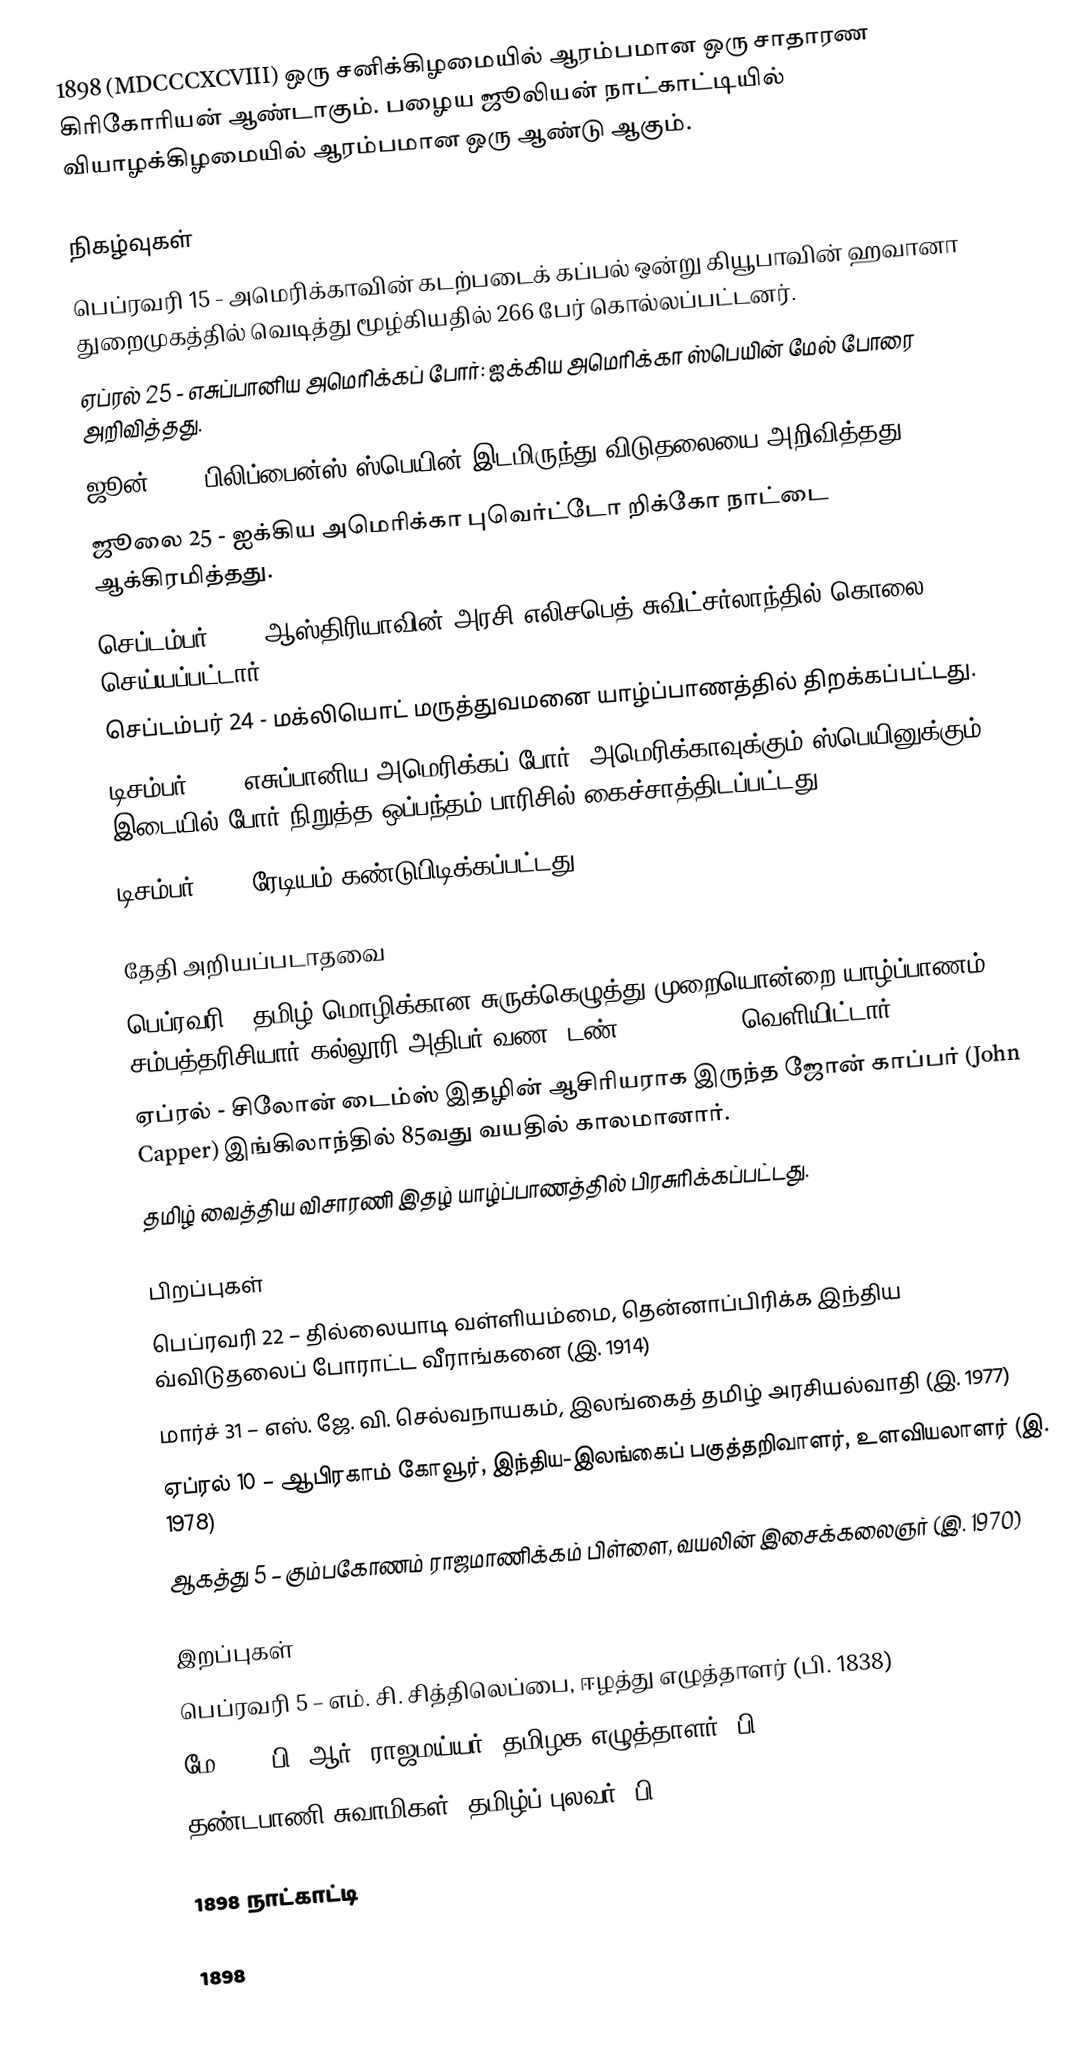
1898 (MDCCCXCVIII) ஒரு சனிக்கிழமையில் ஆரம்பமான ஒரு சாதாரண கிரிகோரியன் ஆண்டாகும். பழைய ஜூலியன் நாட்காட்டியில் வியாழக்கிழமையில் ஆரம்பமான ஒரு ஆண்டு ஆகும்.

நிகழ்வுகள்
 பெப்ரவரி 15 - அமெரிக்காவின் கடற்படைக் கப்பல் ஒன்று கியூபாவின் ஹவானா துறைமுகத்தில் வெடித்து மூழ்கியதில் 266 பேர் கொல்லப்பட்டனர்.
 ஏப்ரல் 25 - எசுப்பானிய அமெரிக்கப் போர்: ஐக்கிய அமெரிக்கா ஸ்பெயின் மேல் போரை அறிவித்தது.
 ஜூன் 12 - பிலிப்பைன்ஸ் ஸ்பெயின் இடமிருந்து விடுதலையை அறிவித்தது.
 ஜூலை 25 - ஐக்கிய அமெரிக்கா புவெர்ட்டோ றிக்கோ நாட்டை ஆக்கிரமித்தது.
 செப்டம்பர் 10 - ஆஸ்திரியாவின் அரசி எலிசபெத் சுவிட்சர்லாந்தில் கொலை செய்யப்பட்டார்.
 செப்டம்பர் 24 - மக்லியொட் மருத்துவமனை யாழ்ப்பாணத்தில் திறக்கப்பட்டது.
 டிசம்பர் 10 - எசுப்பானிய அமெரிக்கப் போர்: அமெரிக்காவுக்கும் ஸ்பெயினுக்கும் இடையில் போர் நிறுத்த ஒப்பந்தம் பாரிசில் கைச்சாத்திடப்பட்டது.
 டிசம்பர் 26 - ரேடியம் கண்டுபிடிக்கப்பட்டது.

தேதி அறியப்படாதவை
 பெப்ரவரி - தமிழ் மொழிக்கான சுருக்கெழுத்து முறையொன்றை யாழ்ப்பாணம் சம்பத்தரிசியார் கல்லூரி அதிபர் வண. டண் (Fr. Dunne) வெளியிட்டார்.
 ஏப்ரல் - சிலோன் டைம்ஸ் இதழின் ஆசிரியராக இருந்த ஜோன் காப்பர் (John Capper) இங்கிலாந்தில் 85வது வயதில் காலமானார்.
 தமிழ் வைத்திய விசாரணி இதழ் யாழ்ப்பாணத்தில் பிரசுரிக்கப்பட்டது.

பிறப்புகள்
 பெப்ரவரி 22 – தில்லையாடி வள்ளியம்மை, தென்னாப்பிரிக்க இந்திய வ்விடுதலைப் போராட்ட வீராங்கனை (இ. 1914)
 மார்ச் 31 – எஸ். ஜே. வி. செல்வநாயகம், இலங்கைத் தமிழ் அரசியல்வாதி (இ. 1977)
 ஏப்ரல் 10 – ஆபிரகாம் கோவூர், இந்திய-இலங்கைப் பகுத்தறிவாளர், உளவியலாளர் (இ. 1978)
 ஆகத்து 5 – கும்பகோணம் ராஜமாணிக்கம் பிள்ளை, வயலின் இசைக்கலைஞர் (இ. 1970)

இறப்புகள்
 பெப்ரவரி 5 – எம். சி. சித்திலெப்பை, ஈழத்து எழுத்தாளர் (பி. 1838)
 மே 13 – பி. ஆர். ராஜமய்யர், தமிழக எழுத்தாளர் (பி. 1872)
 தண்டபாணி சுவாமிகள், தமிழ்ப் புலவர் (பி. 1839)

1898 நாட்காட்டி

1898